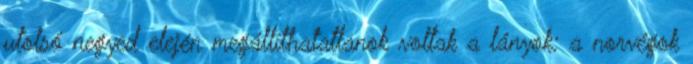
utolsó negyed elején megállíthatatlanok voltak a lányok: a norvégok